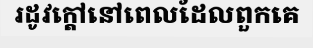
រដូវក្តៅនៅពេលដែលពួកគេ